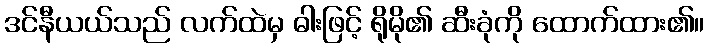
ဒင်နီယယ်သည် လက်ထဲမှ ဓါးဖြင့် ရိုမို၏ ဆီးခုံကို ထောက်ထား၏။